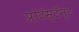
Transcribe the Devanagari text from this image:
प्रोटॅस्टॅन्ट